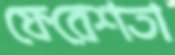
ফেরেশতা